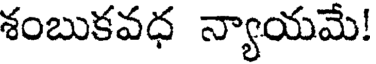
శంబుకవధ న్యాయమే!